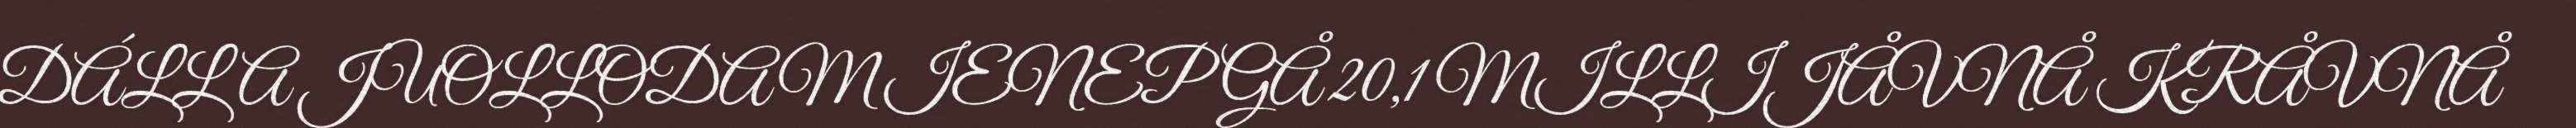
DÁLLA JUOLLODAM IENEP GÅ 20,1 MILLIJÅVNÅ KRÅVNÅ